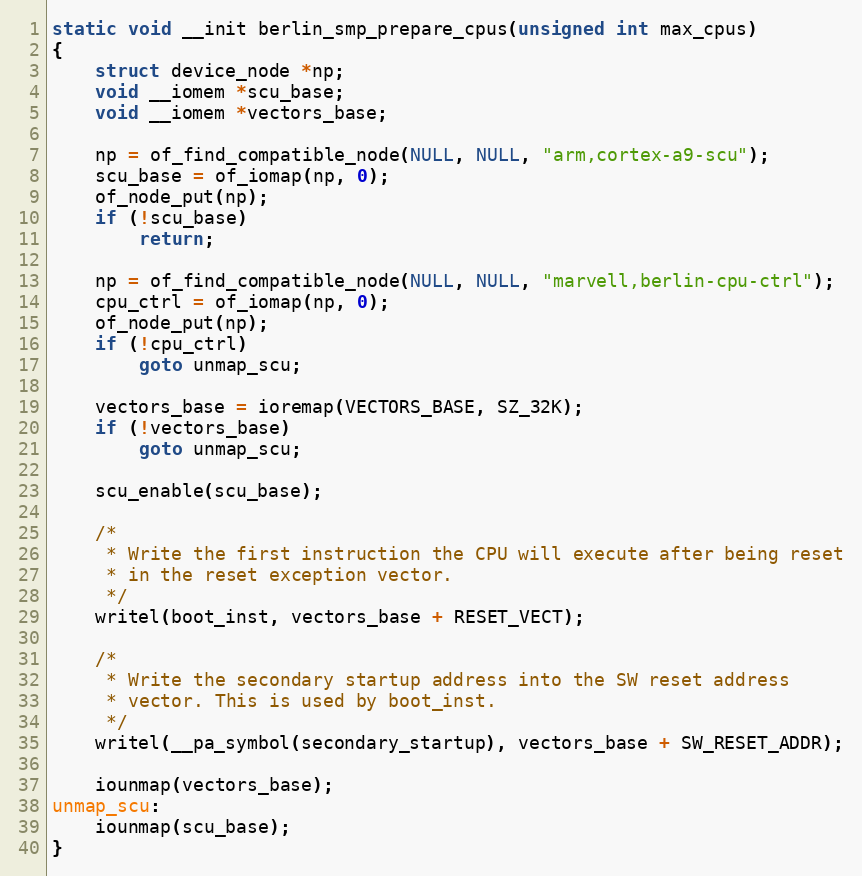
Language: C
static void __init berlin_smp_prepare_cpus(unsigned int max_cpus)
{
	struct device_node *np;
	void __iomem *scu_base;
	void __iomem *vectors_base;

	np = of_find_compatible_node(NULL, NULL, "arm,cortex-a9-scu");
	scu_base = of_iomap(np, 0);
	of_node_put(np);
	if (!scu_base)
		return;

	np = of_find_compatible_node(NULL, NULL, "marvell,berlin-cpu-ctrl");
	cpu_ctrl = of_iomap(np, 0);
	of_node_put(np);
	if (!cpu_ctrl)
		goto unmap_scu;

	vectors_base = ioremap(VECTORS_BASE, SZ_32K);
	if (!vectors_base)
		goto unmap_scu;

	scu_enable(scu_base);

	/*
	 * Write the first instruction the CPU will execute after being reset
	 * in the reset exception vector.
	 */
	writel(boot_inst, vectors_base + RESET_VECT);

	/*
	 * Write the secondary startup address into the SW reset address
	 * vector. This is used by boot_inst.
	 */
	writel(__pa_symbol(secondary_startup), vectors_base + SW_RESET_ADDR);

	iounmap(vectors_base);
unmap_scu:
	iounmap(scu_base);
}